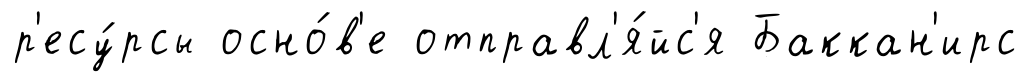
р'есу́рсы осно́в'е отправл'я́йс'я Баккан'ирс